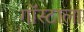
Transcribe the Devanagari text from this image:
गॉस्टाला